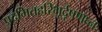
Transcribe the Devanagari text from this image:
प्रदमितहरिभूर्दूषणघ्नः